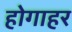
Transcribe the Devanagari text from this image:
होगाहर